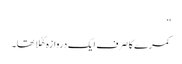
‘‘
کمرے کا صرف ایک دروازہ کھُلا تھا۔